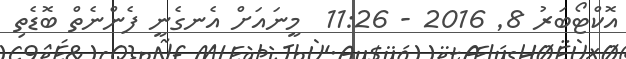
އޮކްޓޯބަރު 8